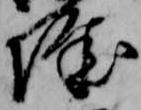
城